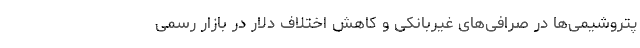
پتروشیمی‌ها در صرافی‌های غیربانکی و کاهش اختلاف دلار در بازار رسمی